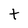
Character: t